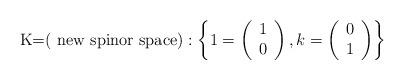
LaTeX: \begin{align*}\mbox{K=( new spinor space)} :\left\{ 1= \left( \begin{array}{l} 1\\ 0 \end{array} \right), k= \left( \begin{array}{l} 0\\ 1 \end{array} \right) \right\}\end{align*}